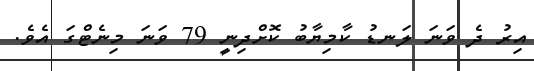
އިރު ދެ ވަނަ ލަނޑު ކާމިޔާބު ކޮށްދިނީ 79 ވަނަ މިނެޓްގަ އެވެ.